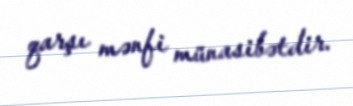
qarşı mənfi münasibətdir.